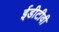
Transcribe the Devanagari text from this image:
ईडीटीवी